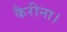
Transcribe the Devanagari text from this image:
कैरीना।